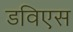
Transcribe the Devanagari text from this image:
डविएस